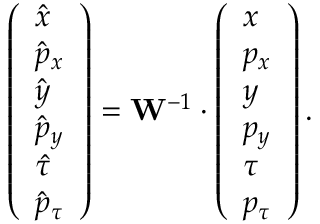
\left( \begin{array} { l } { \hat { x } } \\ { \hat { p } _ { x } } \\ { \hat { y } } \\ { \hat { p } _ { y } } \\ { \hat { \tau } } \\ { \hat { p } _ { \tau } } \end{array} \right) = \mathbf { W } ^ { - 1 } \cdot \left( \begin{array} { l } { x } \\ { p _ { x } } \\ { y } \\ { p _ { y } } \\ { \tau } \\ { p _ { \tau } } \end{array} \right) .